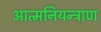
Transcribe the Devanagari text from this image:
आत्मनियन्त्राण